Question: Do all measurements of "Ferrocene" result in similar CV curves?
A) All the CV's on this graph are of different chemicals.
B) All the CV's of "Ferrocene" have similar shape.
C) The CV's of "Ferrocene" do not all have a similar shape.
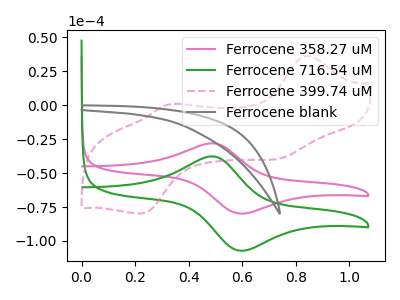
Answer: <think>The pink curve "Ferrocene 358.27 uM" has an anodic peak at (0.50V, -28.10uA) and a cathodic peak at (0.60V, -79.85uA). The green curve "Ferrocene 716.54 uM" has an anodic peak at (0.50V, -37.70uA) and a cathodic peak at (0.60V, -107.15uA). The pink dashed curve "Ferrocene 399.74 uM" has anodic peaks at (0.85V, 36.25uA) (0.35V, 0.95uA) and cathodic peaks at (0.75V, -38.65uA) (0.20V, -79.70uA). The gray curve "Ferrocene blank" has no peaks.
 All the peaks in "Ferrocene 358.27 uM" have a peak in "Ferrocene 716.54 uM" at the same potential. "Ferrocene 358.27 uM" and "Ferrocene 399.74 uM" have a different number of peaks. "Ferrocene 358.27 uM" and "Ferrocene blank" have a different number of peaks. "Ferrocene 716.54 uM" and "Ferrocene 399.74 uM" have a different number of peaks. "Ferrocene 716.54 uM" and "Ferrocene blank" have a different number of peaks. "Ferrocene 399.74 uM" and "Ferrocene blank" have a different number of peaks.</think>
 <answer>B) All the CV's of "Ferrocene" have similar shape.</answer>
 <eval>B</eval>